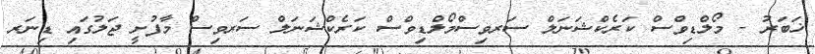
ޚަބަރު - މޯލްޑިވްސް ކަރެކްޝަނަލް ސަރވިސްމޯލްޑިވްސް ކަރެކްޝަނަލް ސަރވިސް މާފުށީ ޖަލުގައި ޑިނަރ